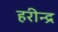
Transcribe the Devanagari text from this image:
हरीन्द्र